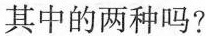
其中的两种吗?